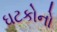
ઘટકોનો